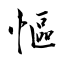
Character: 慪